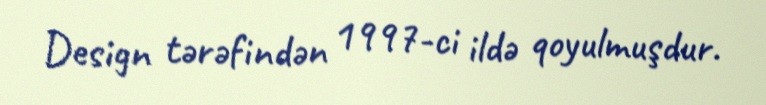
Design tərəfindən 1997-ci ildə qoyulmuşdur.